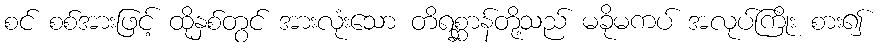
စင် စစ်အားဖြင့် ထိုနှစ်တွင် အားလုံးသော တိရစ္ဆာန်တို့သည် မခိုမကပ် အလုပ်ကြိုး စား၍